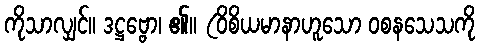
ကိုသာလျှင်။ ဒဋ္ဌဗ္ဗော၊ ၏။ (ဝိစိယမာနာဟူသော ဝစနသေသကို